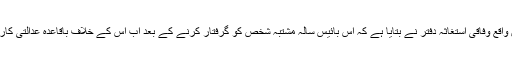
جرمن شہر کارلسروہے میں واقع وفاقی استغاثہ دفتر نے بتایا ہے کہ اس بائیس سالہ مشتبہ شخص کو گرفتار کرنے کے بعد اب اس کے خلاف باقاعدہ عدالتی کارروائی شروع کی جائے گی۔